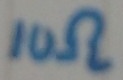
Text: 10Ω